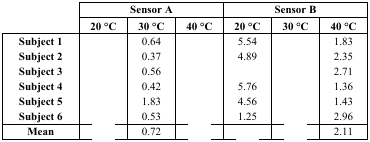
<table><thead><tr><td rowspan="3">[EMPTY_CELL]</td><td colspan="3"><b>Sensor A</b></td><td colspan="3"><b>Sensor B</b></td></tr><tr><td><b>20°C</b></td><td><b>30°C</b></td><td><b>40°C</b></td><td><b>20°C</b></td><td><b>30°C</b></td><td><b>40°C</b></td></tr></thead><tbody><tr><td><b>Subject 1</b></td><td>[EMPTY_CELL]</td><td>0.64</td><td>[EMPTY_CELL]</td><td>5.54</td><td>[EMPTY_CELL]</td><td>1.83</td></tr><tr><td><b>Subject 2</b></td><td>[EMPTY_CELL]</td><td>0.37</td><td>[EMPTY_CELL]</td><td>4.89</td><td>[EMPTY_CELL]</td><td>2.35</td></tr><tr><td><b>Subject 3</b></td><td>[EMPTY_CELL]</td><td>0.56</td><td>[EMPTY_CELL]</td><td>[EMPTY_CELL]</td><td>[EMPTY_CELL]</td><td>2.71</td></tr><tr><td><b>Subject 4</b></td><td>[EMPTY_CELL]</td><td>0.42</td><td>[EMPTY_CELL]</td><td>5.76</td><td>[EMPTY_CELL]</td><td>1.36</td></tr><tr><td><b>Subject 5</b></td><td>[EMPTY_CELL]</td><td>1.83</td><td>[EMPTY_CELL]</td><td>4.56</td><td>[EMPTY_CELL]</td><td>1.43</td></tr><tr><td><b>Subject 6</b></td><td>[EMPTY_CELL]</td><td>0.53</td><td>[EMPTY_CELL]</td><td>1.25</td><td>[EMPTY_CELL]</td><td>2.96</td></tr><tr><td><b>Mean</b></td><td>[EMPTY_CELL]</td><td>0.72</td><td>[EMPTY_CELL]</td><td>[EMPTY_CELL]</td><td>[EMPTY_CELL]</td><td>2.11</td></tr></tbody></table>